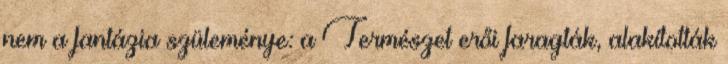
nem a fantázia szüleménye: a Természet erői faragták, alakították